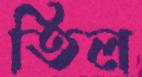
তিল